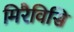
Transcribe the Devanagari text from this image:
मिरैविसि